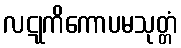
လဋုကိကောပမသုတ္တံ